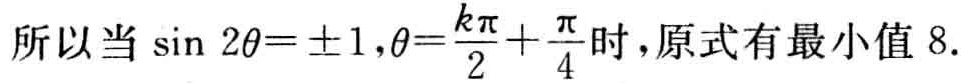
所以当\(\sin 2\theta = \pm 1,\theta = \frac{k\pi}{2}+\frac{\pi}{4}\)时，原式有最小值 \(8\).